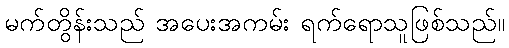
မက်တွိန်းသည် အပေးအကမ်း ရက်ရောသူဖြစ်သည်။